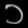
Digit: ၁